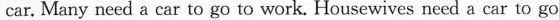
car. Many need a car to go to work. Housewives need a car to go